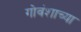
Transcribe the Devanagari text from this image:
गोवंशाच्या